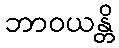
ဘာဝယန္တိ